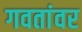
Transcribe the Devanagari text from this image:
गवतांवर